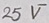
Text: 25V